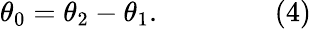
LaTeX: \theta_{0}=\theta_{2}-\theta_{1}.\qquad\qquad(4)